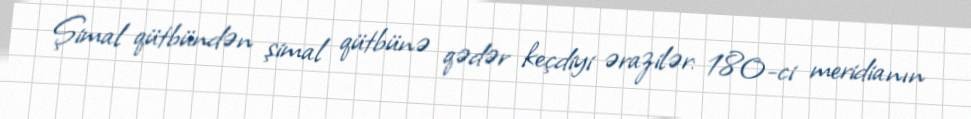
Şimal qütbündən şimal qütbünə qədər keçdiyi ərazilər: 180-ci meridianın